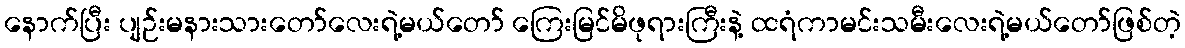
နောက်ပြီး ပျဉ်းမနားသားတော်လေးရဲ့မယ်တော် ကြေးမြင်မိဖုရားကြီးနဲ့ ထရံကာမင်းသမီးလေးရဲ့မယ်တော်ဖြစ်တဲ့